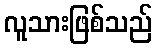
လူသားဖြစ်သည်